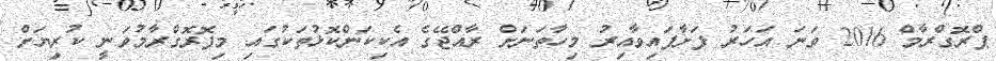
ޕްރޮގްރާމް 2016 ވަނަ އަހަރު ފަށާފައިވާއިރު މިހާތަނަށް ރާއްޖޭގެ އެކިކަންކޮޅުތަކުގައި މިފޮރޮގްރާމުވަނީ ކުރިޔަށް